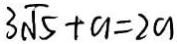
3 \sqrt { 5 } + a = 2 a